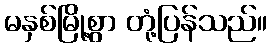
မနှစ်မြို့စွာ တုံ့ပြန်သည်။